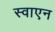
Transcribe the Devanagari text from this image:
स्वाएन